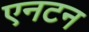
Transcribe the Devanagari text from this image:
एनटन